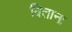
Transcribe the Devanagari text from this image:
विताना